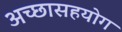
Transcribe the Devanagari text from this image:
अच्छासहयोग